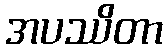
အပဿိတာ